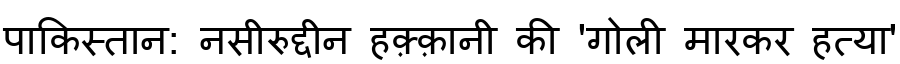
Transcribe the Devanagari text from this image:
पाकिस्तान: नसीरुद्दीन हक़्क़ानी की 'गोली मारकर हत्या'